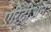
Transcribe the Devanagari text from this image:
एरिट्रीअन